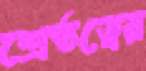
শ্রেষ্ঠত্বের